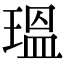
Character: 瑥